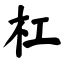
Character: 杠